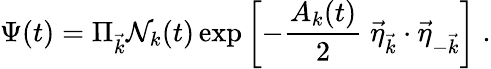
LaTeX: \Psi(t)=\Pi_{\vec{k}}{\cal{N}}_{k}(t)\exp\left[-\frac{A_{k}(t)}{2}\; \vec{\eta}_{\vec{k}}\cdot\vec{\eta}_{-\vec{k}}\right]\; .